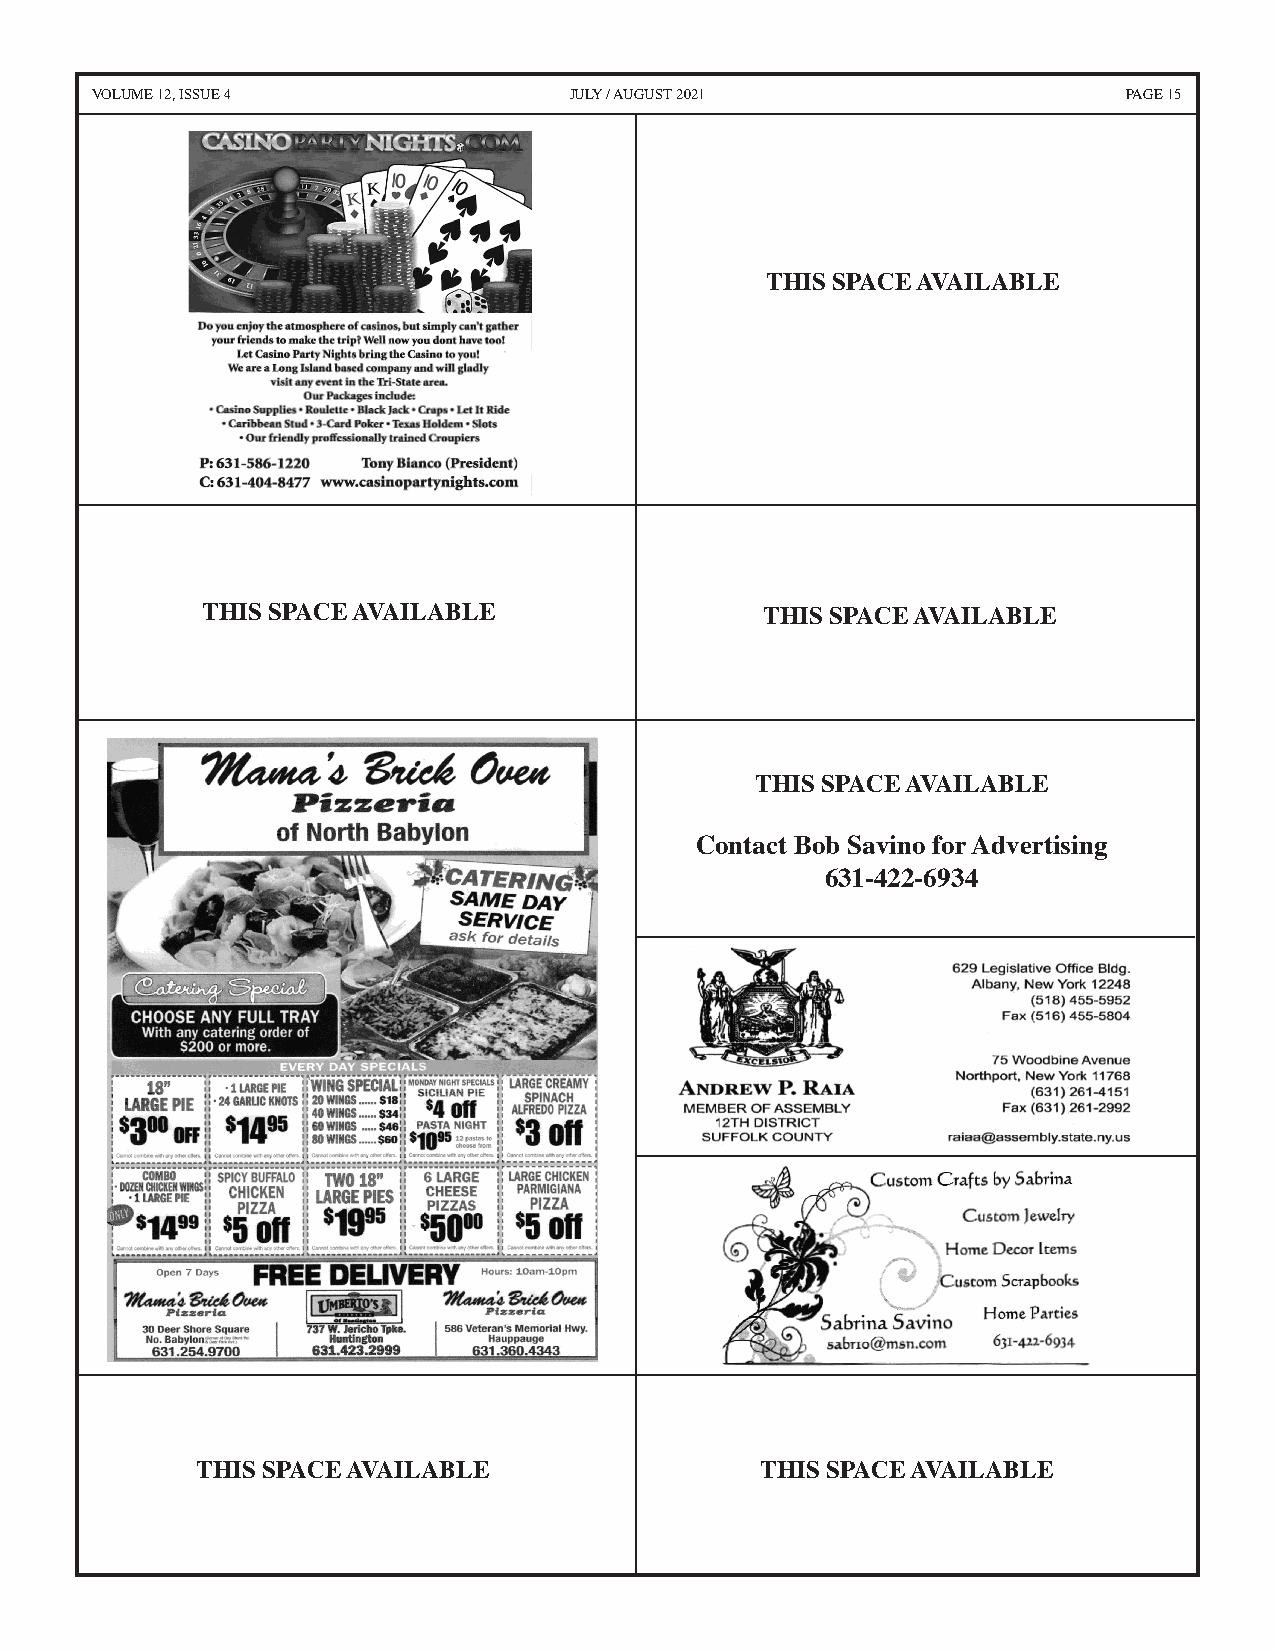
VOLUME 12, ISSUE 4              JULY / AUGUST 2021                   PAGE 15
 THIS SPACE AVAILABLE
 THIS SPACE AVAILABLE                  THIS SPACE AVAILABLE
 THIS SPACE AVAILABLE
 Contact Bob Savino for Advertising
 631-422-6934
 District Office
 130 West Jericho Turnpike, Huntington Sta. NY 11746
 Tel: 631-854-4433 Fax: 631-854-4415
 THIS SPACE AVAILABLE                 THIS SPACE AVAILABLE